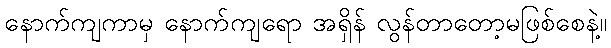
နောက်ကျကာမှ နောက်ကျရော အရှိန် လွန်တာတော့မဖြစ်စေနဲ့။